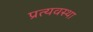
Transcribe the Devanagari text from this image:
प्रत्यवस्था